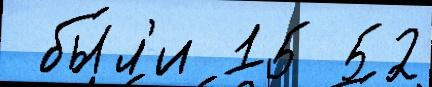
 бы́л'и 15 52